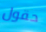
حقول